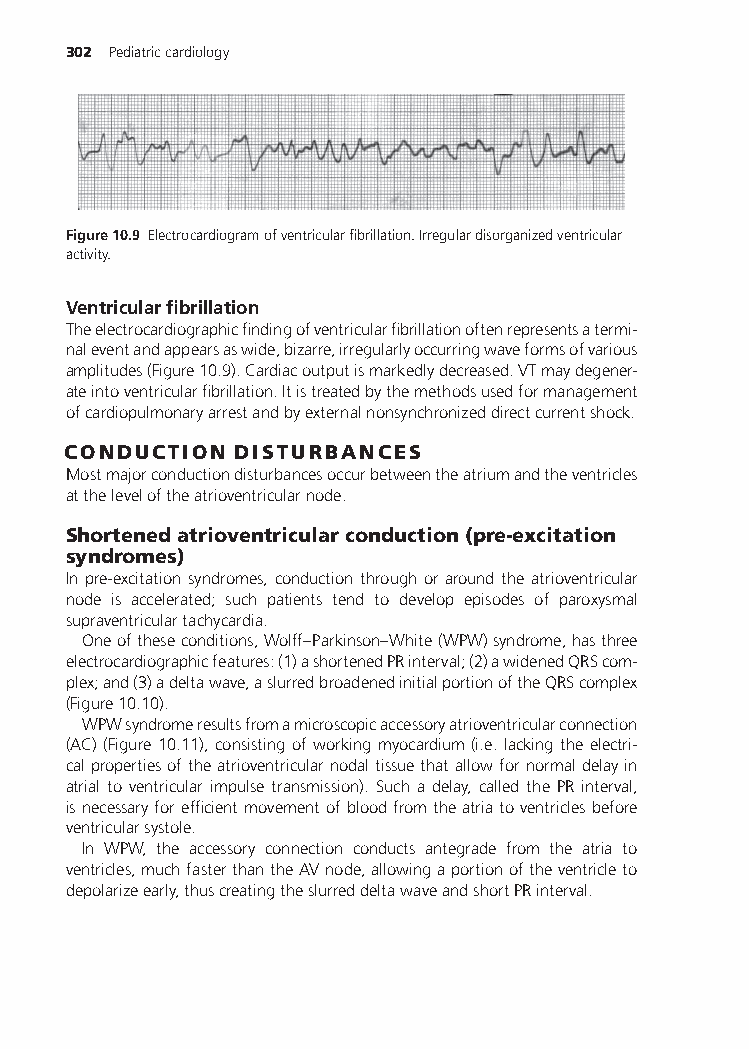
302 Pediatriccardiology
 Figure10.9 Electrocardiogramofventricularfibrillation.Irregulardisorganizedventricular
 activity.
 Ventricularfibrillation
 Theelectrocardiographicfindingofventricularfibrillationoftenrepresentsatermi-
 naleventandappearsaswide,bizarre,irregularlyoccurringwaveformsofvarious
 amplitudes(Figure10.9).Cardiacoutputismarkedlydecreased.VTmaydegener-
 ateintoventricularfibrillation.Itistreatedbythemethodsusedformanagement
 ofcardiopulmonaryarrestandbyexternalnonsynchronizeddirectcurrentshock.
 CONDUCTION DISTURBANCES
 Mostmajorconductiondisturbancesoccurbetweentheatriumandtheventricles
 attheleveloftheatrioventricularnode.
 Shortenedatrioventricularconduction(pre-excitation
 syndromes)
 In pre-excitation syndromes, conduction through or around the atrioventricular
 node is accelerated; such patients tend to develop episodes of paroxysmal
 supraventriculartachycardia.
 Oneoftheseconditions,Wolff–Parkinson–White(WPW)syndrome,hasthree
 electrocardiographicfeatures:(1)ashortenedPRinterval;(2)awidenedQRScom-
 plex;and(3)adeltawave,aslurredbroadenedinitialportionoftheQRScomplex
 (Figure10.10).
 WPWsyndromeresultsfromamicroscopicaccessoryatrioventricularconnection
 (AC) (Figure 10.11), consisting of working myocardium (i.e. lacking the electri-
 calpropertiesoftheatrioventricularnodaltissuethatallowfornormaldelayin
 atrial to ventricular impulse transmission). Such a delay, called the PR interval,
 isnecessaryforefficientmovementofbloodfromtheatriatoventriclesbefore
 ventricularsystole.
 In WPW, the accessory connection conducts antegrade from the atria to
 ventricles,muchfasterthantheAVnode,allowingaportionoftheventricleto
 depolarizeearly,thuscreatingtheslurreddeltawaveandshortPRinterval.